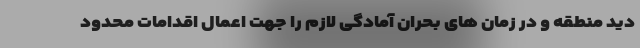
دید منطقه و در زمان های بحران آمادگی لازم را جهت اعمال اقدامات محدود